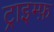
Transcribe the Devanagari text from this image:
ट्राइम्फ़